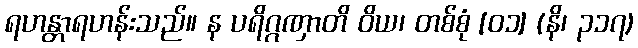
ရဟန္တာရဟန်းသည်။ န ပရိဂ္ဂဏှာတိ ဝိယ၊ တစ်စုံ [၀၁] (နိ၊ ၃၁၇)